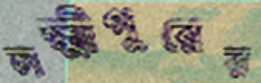
লক্ষ্মীপুরের